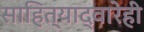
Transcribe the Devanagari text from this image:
साहित्याद्वारेही